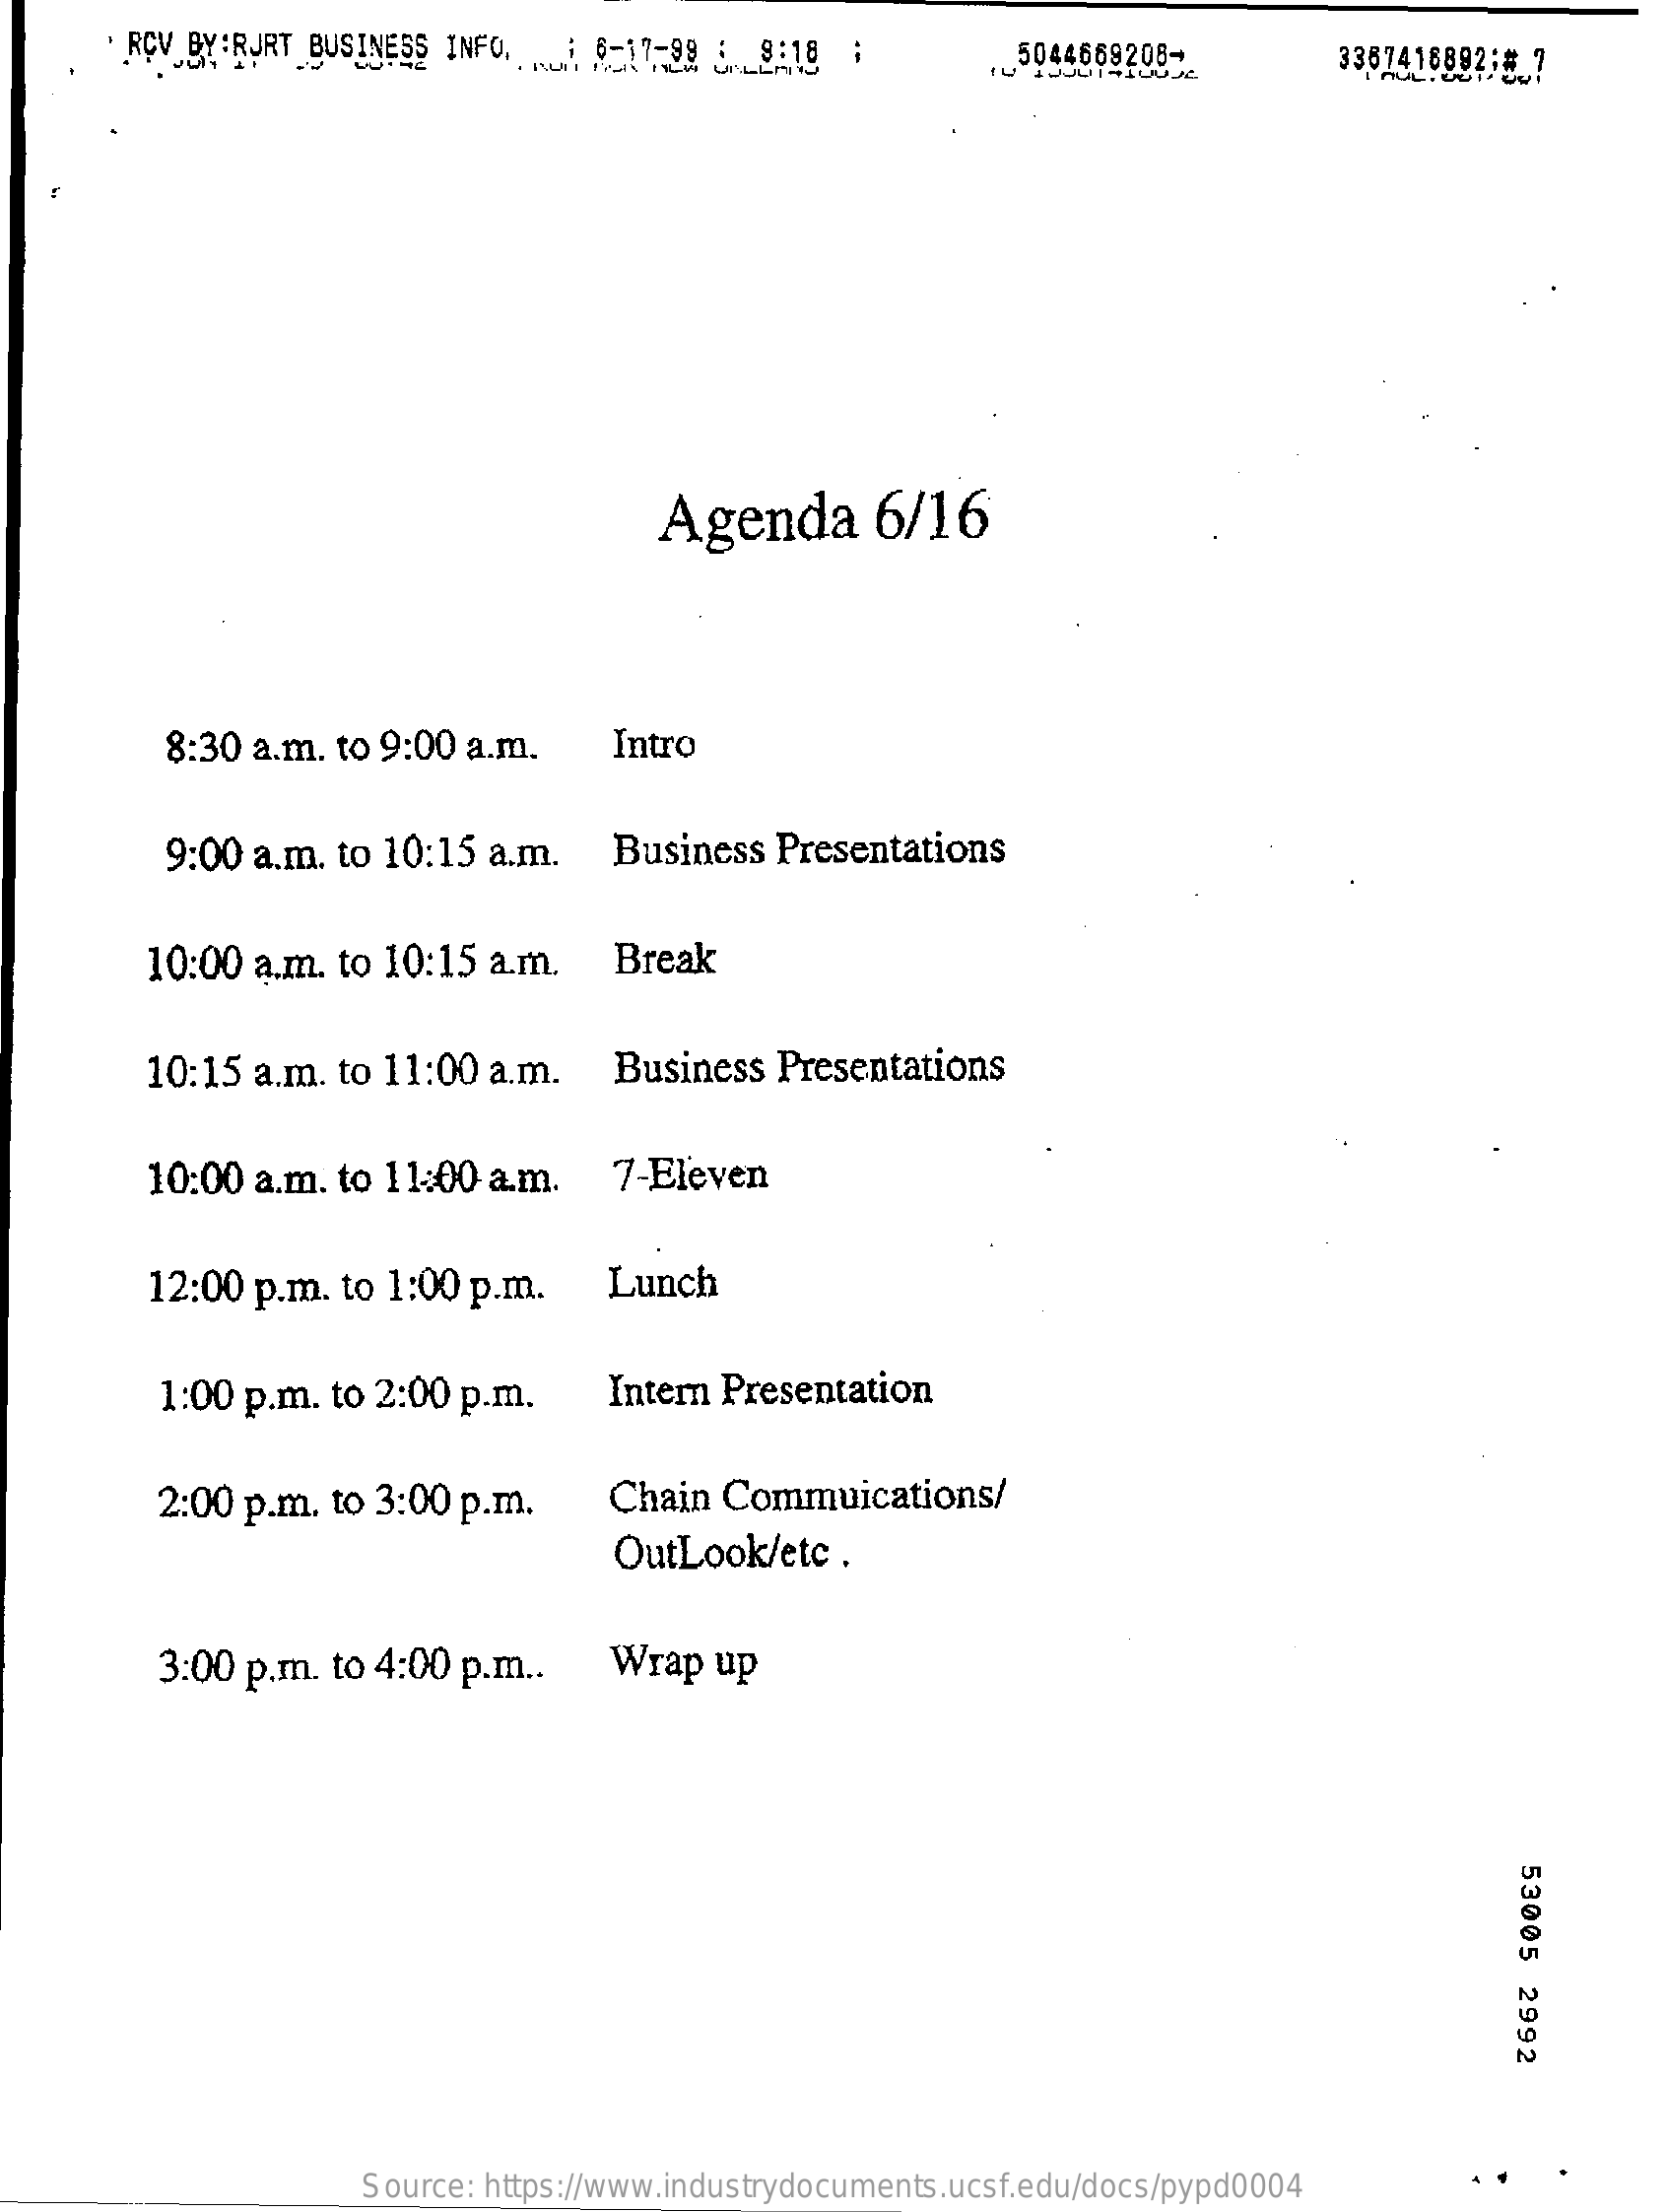
' RCV BY:RURT BUSINESS INFO,  5-17-99 6    5044669208-    3387418892;5 7
     Agenda    6/16
     8:30 a.m. to 9:00 a.m.    Intro
     9:00 a.m. to 10:15  a.m.   Business   Presentations
     10:00  a.m. to 10:15  a.m.   Break
     10:15  a.m. to 11:00  a.m.   Business   Presentations
     10:00  a.m. to 11:00  a.m.    7-Eleven
     12:00  p.m. to 1:00  p.m.    Lunch
     1:00 p.m.  to 2:00 p.m.    Intern Presentation
     2:00 p.m.  to 3:00 p.m.    Chain  Commuications/
     OutLook/etc   .
     3:00 p.m.  to 4:00 p.m ..   Wrap   up
     53005
     2992
     Source: https://www.industrydocuments.ucsf.edu/docs/pypd0004